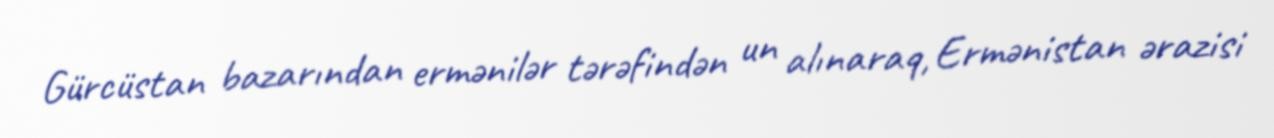
Gürcüstan bazarından ermənilər tərəfindən un alınaraq, Ermənistan ərazisi